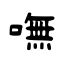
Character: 嘸